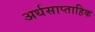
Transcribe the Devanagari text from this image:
अर्धसाप्ताहिक